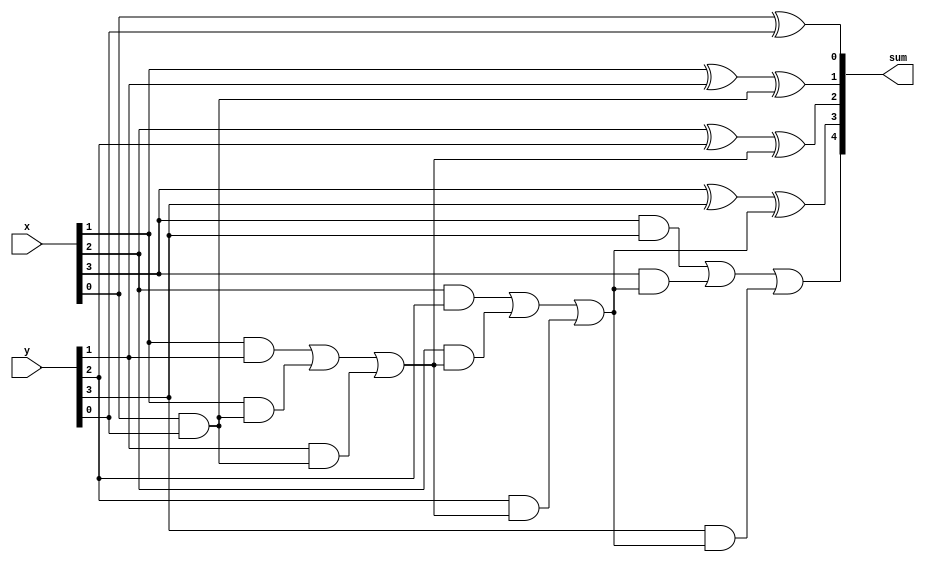
module top_module (
    input [3:0] x,
    input [3:0] y, 
    output [4:0] sum);
reg [4:0] cout_reg;
reg [3:0] sum_reg;

integer i;
always @(*)begin
    cout_reg[0] = 0;
    for(i = 0; i < 4;i = i + 1)begin
        cout_reg[i + 1] = (x[i] & y[i]) | (x[i] & cout_reg[i]) | (y[i] & cout_reg[i]); 
        sum_reg[i] = x[i] ^ y[i] ^ cout_reg[i];
    end
end

assign sum = {cout_reg[4],sum_reg};
endmodule